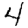
Digit: 4